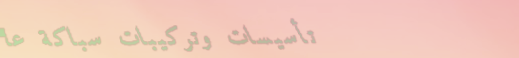
تأسيسات وتركيبات سباكة عا